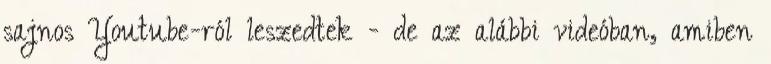
sajnos Youtube-ról leszedtek - de az alábbi videóban, amiben